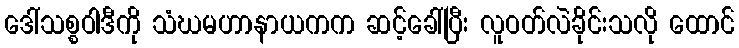
ဒေါ်သစ္စဝါဒီကို သံဃမဟာနာယကက ဆင့်ခေါ်ပြီး လူဝတ်လဲခိုင်းသလို ထောင်